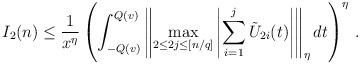
LaTeX: \begin{align*}I_2(n) \leq \frac 1 { x^{\eta} }\left ( \int_{-Q(v)}^{Q(v)} \left \Vert \max_{2 \leq 2j \leq [n/q] } \left \vert \sum_{i=1}^j \tilde U_{2i} (t) \right \vert \right \Vert_{\eta} dt \right )^{\eta} \, .\end{align*}